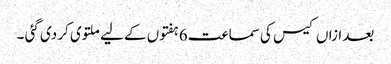
بعد ازاں کیس کی سماعت 6 ہفتوں کے لیے ملتوی کر دی گئی ۔